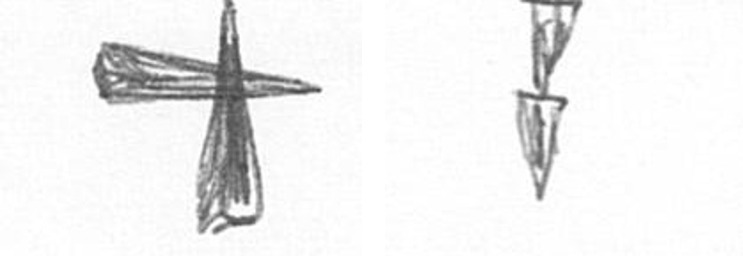
G Z